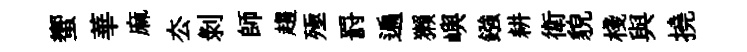
蠁華麻厺剝師趨殛罸遍獺嶼鏹耕衛貌棧與撓